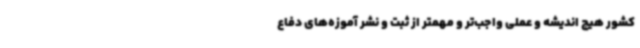
کشور هیچ اندیشه و عملی واجب‌تر و مهمتر از ثبت و نشر آموزه‌های دفاع